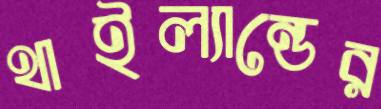
থাইল্যান্ডের